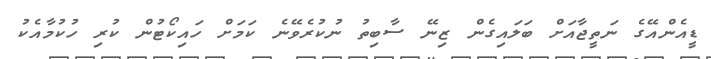
ޑީއެންއޭގެ ނަތީޖާއަށް ބަލައިގެން ޒިނޭ ސާބިތު ނުކުރެވޭނެ ކަމަށް ހައިކޯޓުން ކުރި ހުކުމާއެކު